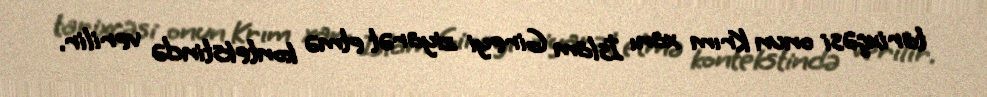
tarixçəsi onun Krım xanı İslam Gireyi ziyarət etmə kontekstində verilir.